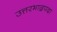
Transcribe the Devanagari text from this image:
उत्तरभाद्रपदा